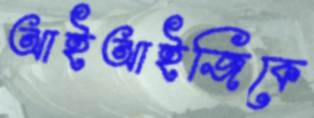
আইআইজিকে